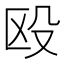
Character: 殴